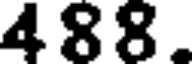
488.